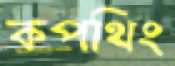
কপথিং